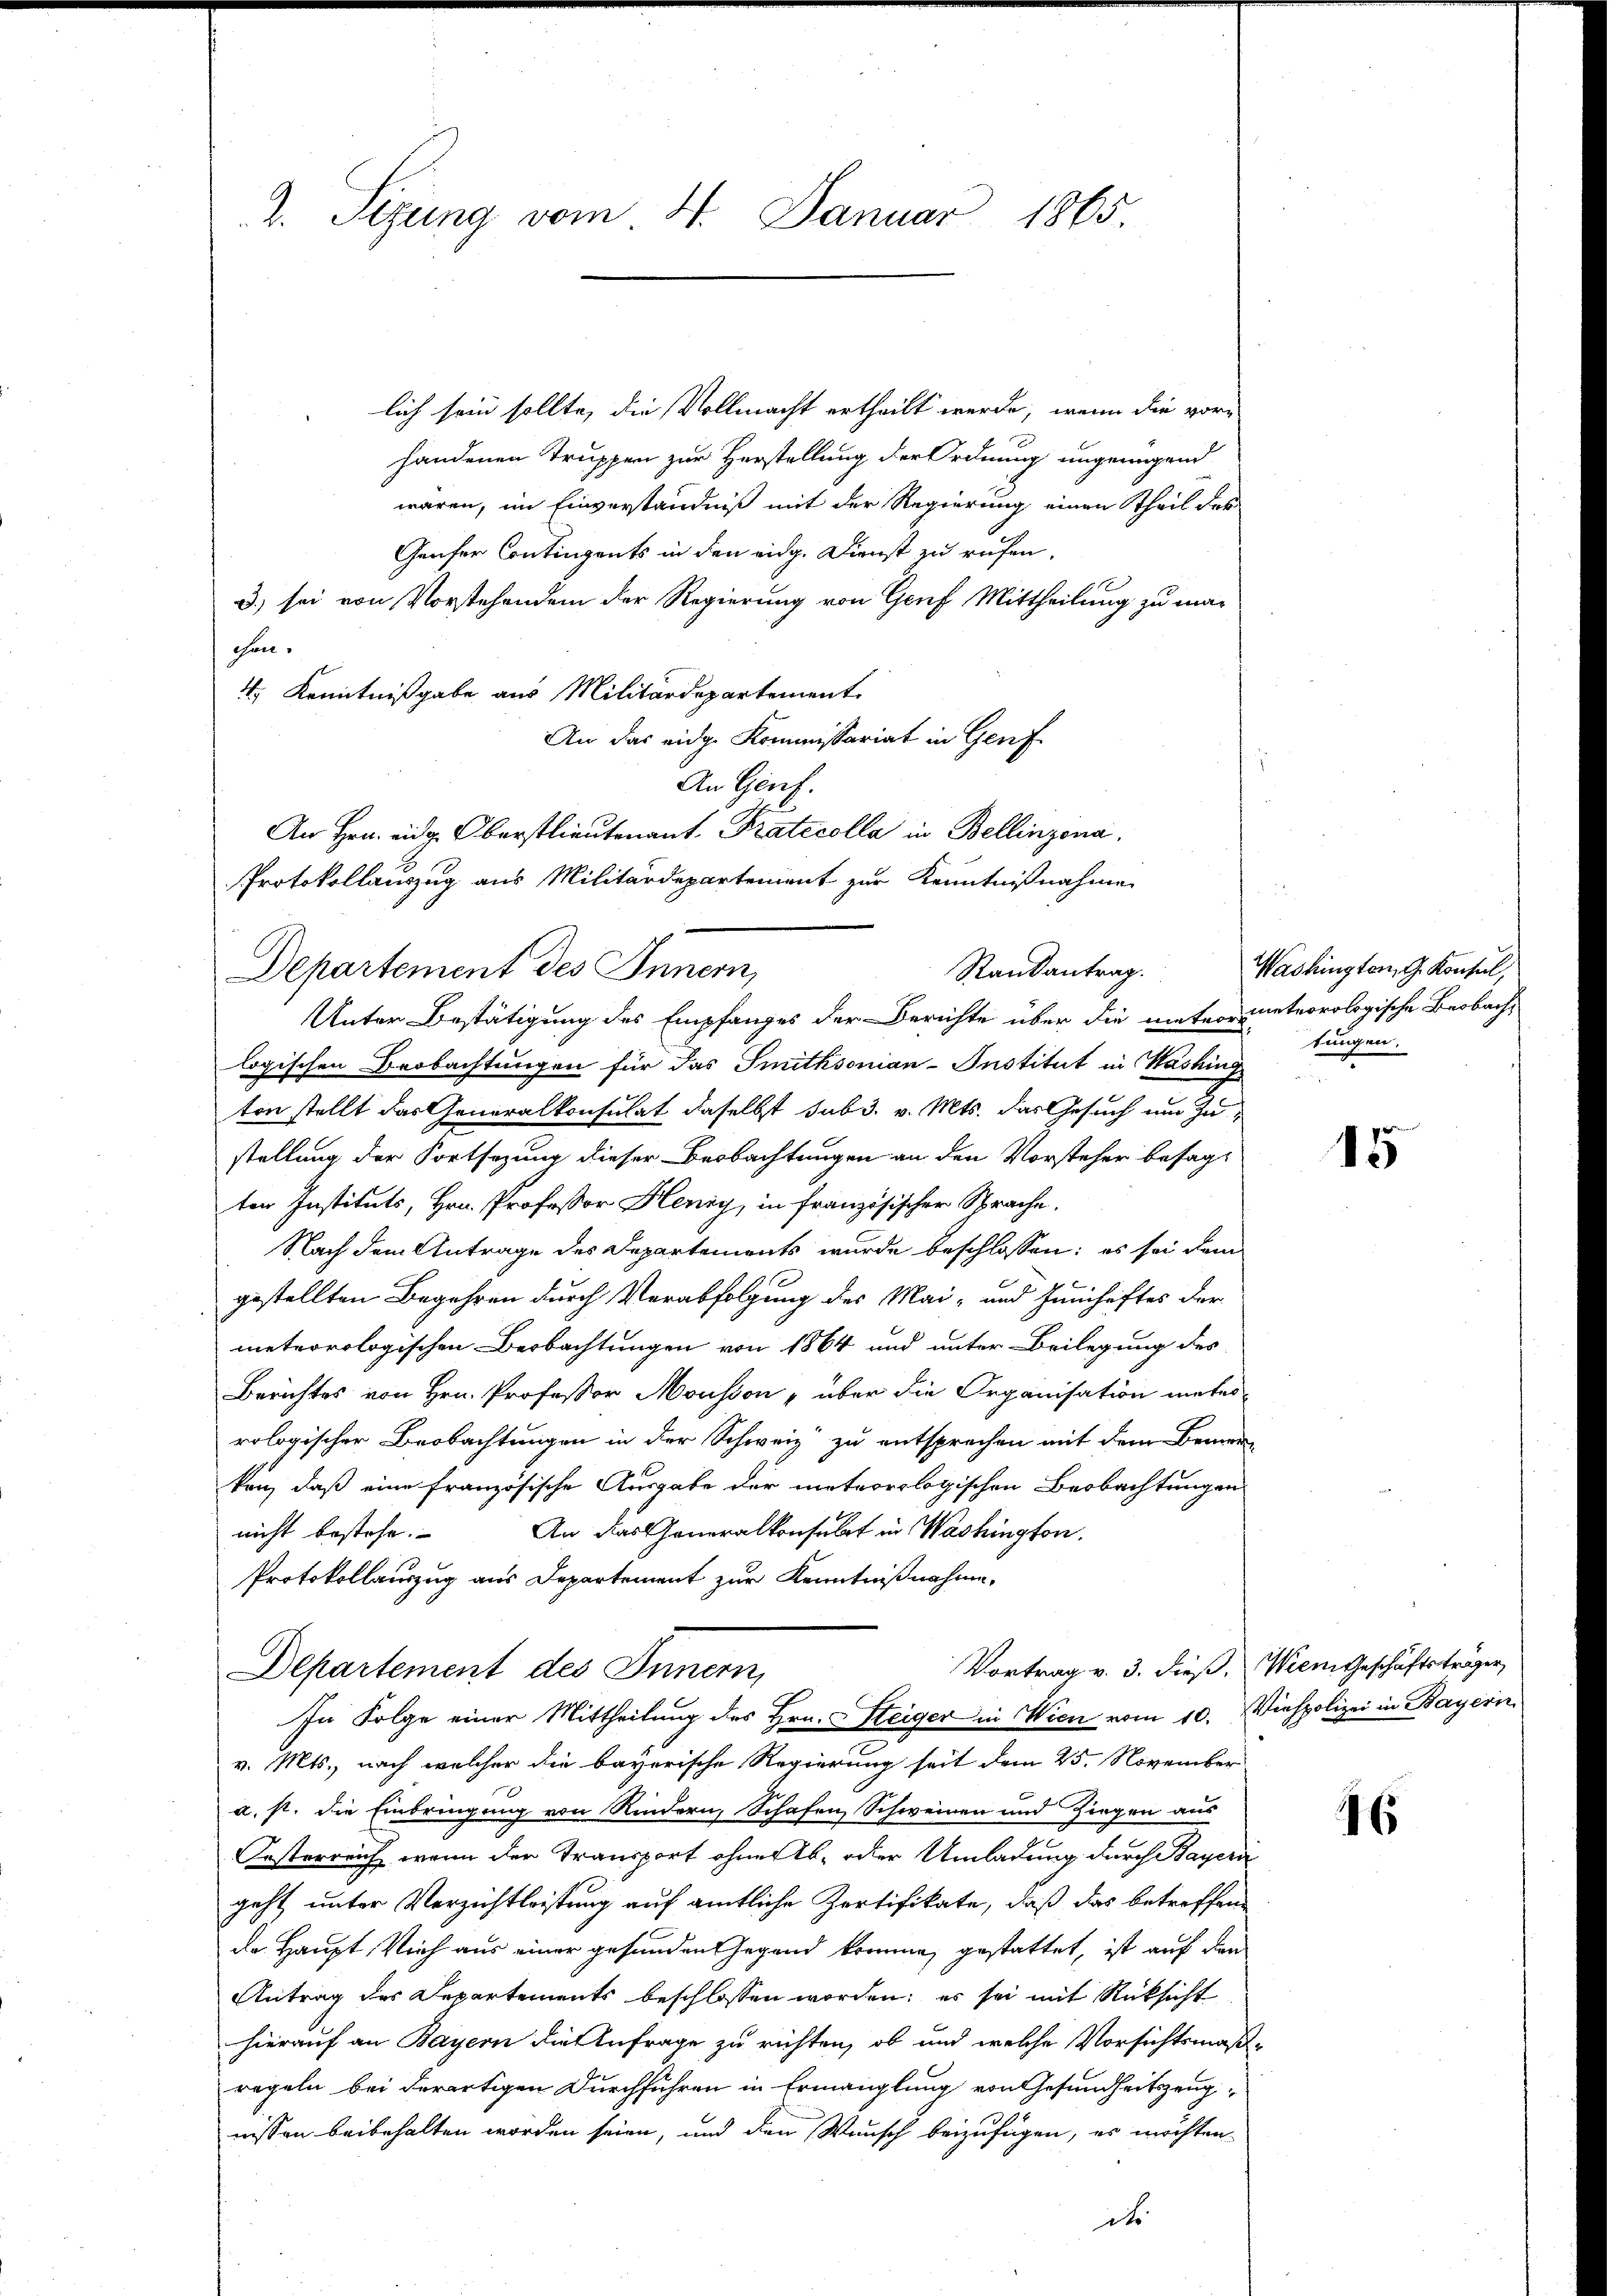
2. Sizung vom 4. Januar 1865.

An Hrn. eidg. Oberstlieutenant. Pratecolla in Bellinzona.
Protokollauszug aus Militärdepartement zur Kenntnißnahme
Randantrag.

lich sein sollte, die Vollmacht ertheilt werde, wenn die vorhandenen Truppen zur Herstellung der Ordnung ungenügend
waren, im Einverständniß mit der Regierung einen Theil des
Gaufer Contingents in den eidg. Dienst zu rufen.
3) sei von Vorstehendem der Regierung von Genf Mittheilung zu machen.
4r Kenntnißgabe aus Militärdepartement
An das eidg. Kommissariat in Genf
An Genf.
Departement des Innern,
Unter Bestätigung des Empfanges der Berichte über die meteometeorologische Beobach-
logischen Beobachtungen für das Smithsonian-Institut in Washing
ton stellt das Generalkonsulat daselbst sub 3. v. Mts. das Gesuch um Zustellung der Fortsezung dieser Beobachtungen an den Vorsteher besagt
ter Instituts, Hrn. Professor Henry, in französischer Sprache.
Nach dem Antrage des Departements wurde beschlossen: es sei dem
gestellten Begehren durch Verabfolgung des Mai- und Hinschaftes der
meteorologischen Beobachtungen von 1864 und unter Beilegung des
Berichtes von Hrn. Professor Mousson " über die Organisation meter
rologischer Beobachtungen in der Schweiz zu entsprechen mit dem Bemerken, daß eine französische Ausgabe der meteorologischen Beobachtungen
An das Generalkonsulat in Washington.
nicht bestehe.
Protokollauszug aus Departement zur Kenntnißnahme.
Vortrag v. 3. dieß.
Departement des Innern,
In Folge einer Mittheilung des Hrn. Steiger in Wien vom 10. Viehpolizei in Bayeri
v. Mts., nach welcher die bayerische Regierung seit dem 25. November
a.st. Die Einbringung von Rindern, Schafen, Schweinen und Ziegen aus
rsterreich, wenn der Transport ohnerb- oder Umladung durch Bayern
geht unter Verzichtleistung auf amtliche Zertifikate, daß das betreffen
de Haupt Vieh aus einer gesunden Gegend komme, gestattet, ist auf den
Antrag des Departements beschlossen worden; es sei mit Rücksicht
hierauf an Bayern die Anfrage zu richten, ob und welche Vorsichtsmaß
regeln bei derartigen Durchführen in Ermanglung von Gesundheitszeugnissen beibehalten worden seien, und den Wunsch beizufügen, es möchten
d

Washingten, G. Konsul,
tungen.

15

Wien Geschäftsträger,

6